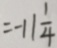
= - 1 1 \frac { 1 } { 4 }